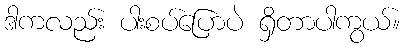
ဒါကလည်း ပါးစပ်ပြောပဲ ရှိတာပါကွယ်။